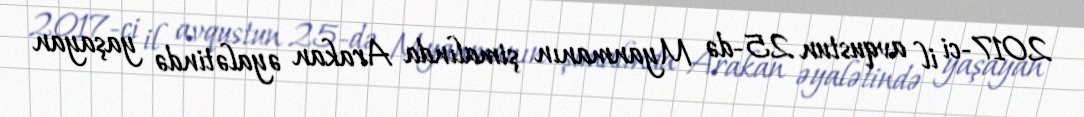
2017-ci il avqustun 25-də Myanmanın şimalında Arakan əyalətində yaşayan